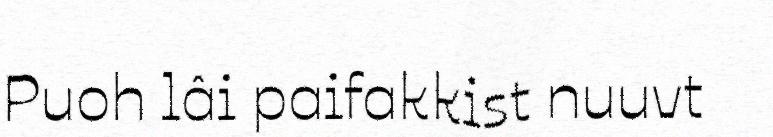
Puoh lâi paifakkist nuuvt